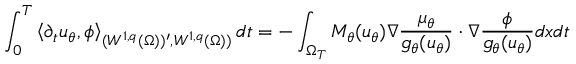
\int _ { 0 } ^ { T } \left< \partial _ { t } u _ { \theta } , \phi \right> _ { ( W ^ { 1 , q } ( \Omega ) ) ^ { \prime } , W ^ { 1 , q } ( \Omega ) ) } d t = - \int _ { \Omega _ { T } } M _ { \theta } ( u _ { \theta } ) \nabla \frac { \mu _ { \theta } } { g _ { \theta } ( u _ { \theta } ) } \cdot \nabla \frac { \phi } { g _ { \theta } ( u _ { \theta } ) } d x d t